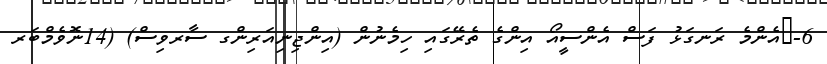
6-	އެންމެ ރަނގަޅު ފަސް އެންސީއޯ އިންގެ ތެރޭގައި ހިމެނުން (އިންޖިނިއަރިންގ ސާރވިސް) (14ނޮވެމްބަރ